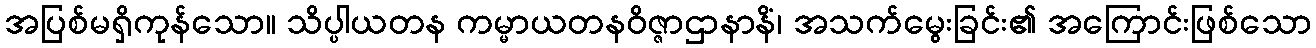
အပြစ်မရှိကုန်သော။ သိပ္ပါယတန ကမ္မာယတနဝိဇ္ဇာဌာနာနိံ၊ အသက်မွေးခြင်း၏ အကြောင်းဖြစ်သော